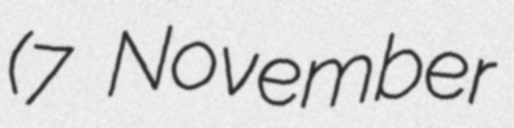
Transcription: (7 November